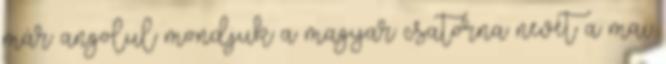
már angolul mondjuk a magyar csatorna nevét a mai